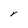
Character: Y